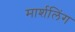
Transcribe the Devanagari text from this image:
मार्शलिंग